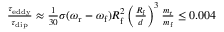
\begin{array} { r } { \frac { \tau _ { \mathrm { e d d y } } } { \tau _ { \mathrm { d i p } } } \approx \frac { 1 } { 3 0 } \sigma ( \omega _ { \mathrm { r } } - \omega _ { \mathrm { f } } ) R _ { \mathrm { f } } ^ { 2 } \left( \frac { R _ { \mathrm { f } } } { d } \right) ^ { 3 } \frac { m _ { \mathrm { r } } } { m _ { \mathrm { f } } } \leq 0 . 0 0 4 } \end{array}